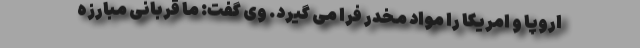
اروپا و امریکا را مواد مخدر فرا می گیرد. وی گفت: ما قربانی مبارزه